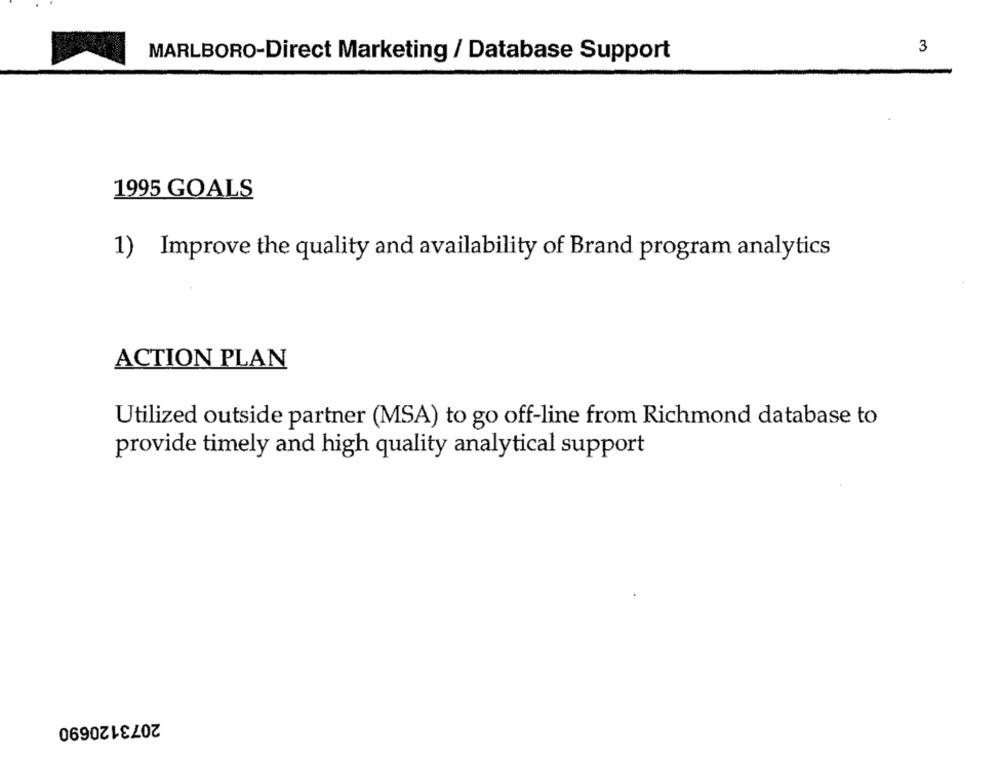
3
MARLBORO-Direct Marketing / Database Support
1995 GOALS
1) Improve the quality and availability of Brand program analytics
ACTION PLAN
Utilized outside partner (MSA) to go off-line from Richmond database to
provide timely and high quality analytical support
2073120690